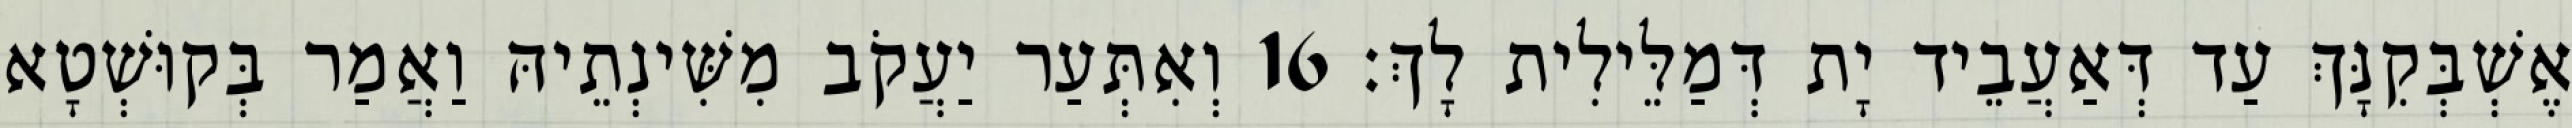
אֶשְׁבְּקִנָּךְ עַד דְּאַעֲבֵיד יָת דְּמַלֵּילִית לָךְ׃ 16 וְאִתְּעַר יַעֲקֹב מִשִּׁינְתֵיהּ וַאֲמַר בְּקוּשְׁטָא